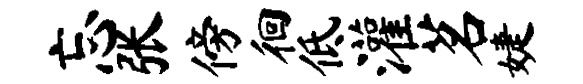
忘张傍徊低灌茗婕